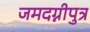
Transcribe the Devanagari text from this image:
जमदग्नीपुत्र